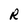
Character: R